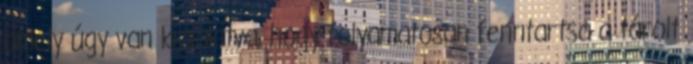
amely úgy van kialakítva, hogy folyamatosan fenntartsa a tárolt